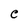
Character: C